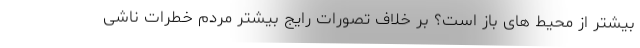
بیشتر از محیط های باز است؟ بر خلاف تصورات رایج بیشتر مردم خطرات ناشی